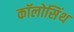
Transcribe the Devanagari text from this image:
कॉलोसिंथ